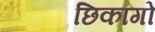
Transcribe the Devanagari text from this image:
छिकागो